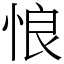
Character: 悢